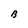
Character: B